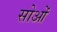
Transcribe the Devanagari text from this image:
सोओं